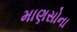
માણસોના